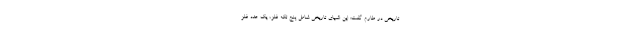
تاریخی در طارم گفت: این اشیای تاریخی شامل پنج تکه فلز، یک عدد فلز